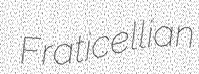
Fraticellian